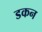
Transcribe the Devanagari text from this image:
डकन